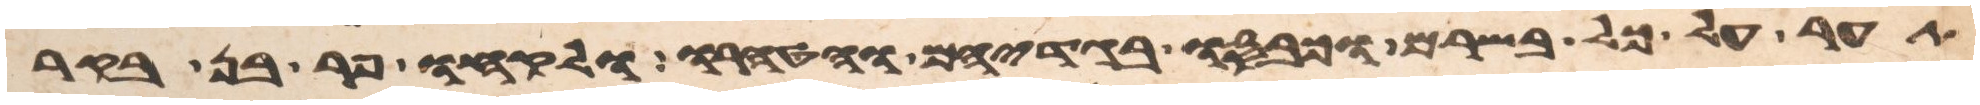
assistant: תער על כל בשרם וכבסו בגדיהם והטהרו ולקחו פר בן בקר